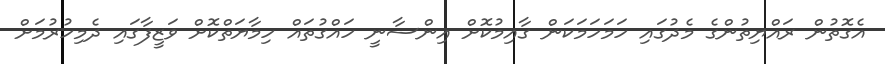
އެގޮތުން ރައްޔިތުންގެ މެދުގައި ހަމަހަމަކަން ގާއިމުކޮށް އިންސާނީ ހައްގުތައް ހިމާޔަތްކޮށް ވަޒީފާގައި ދެމިހުރުމަށް